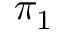
\pi _ { 1 }